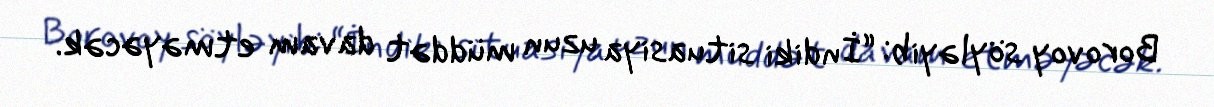
Borovoy söyləyib: “İndiki situasiya uzun müddət davam etməyəcək.